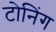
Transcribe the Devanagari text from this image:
टोनिंग